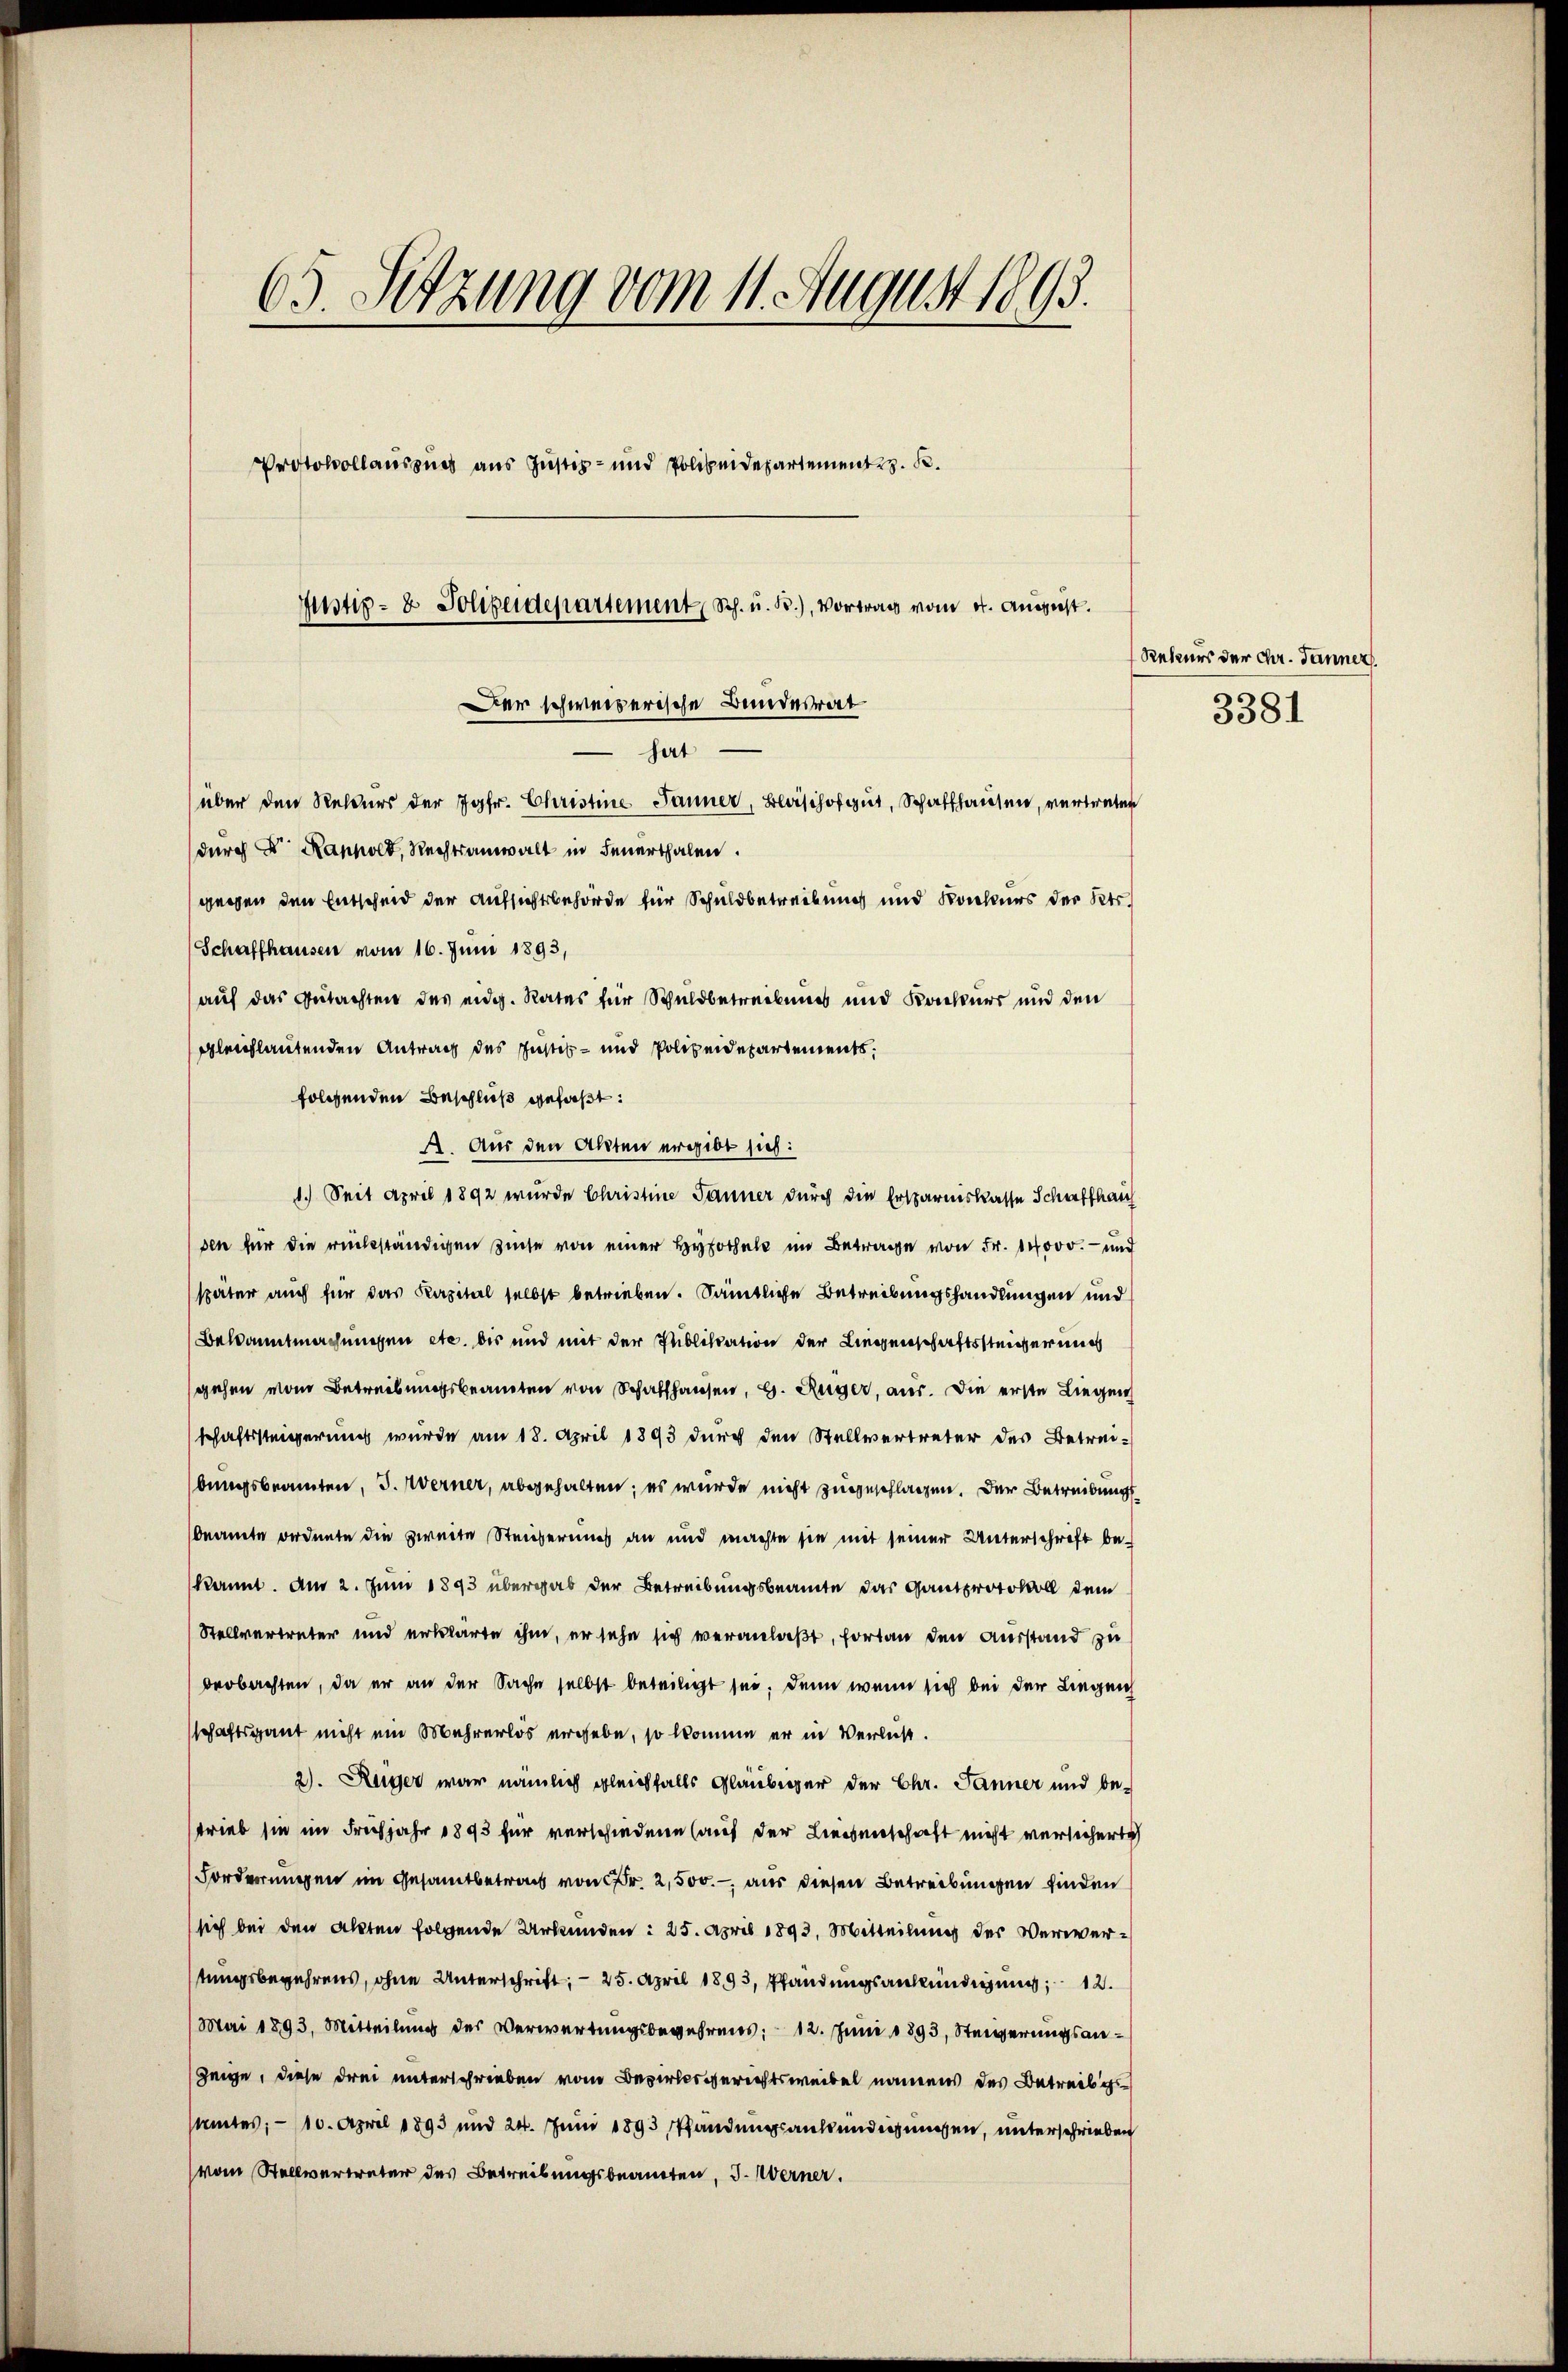
63. Sitzung vom 11. August 1893.
Protokollauszugs aus Justiz- und Polizeidepartement z. B.
Justiz- & Polizeidepartement Sch. u. B.), Vortrag vom 4. August.
Der schweizerische Bundesrat
hat
über den Rekurs der Jgfr. Christine Jauner, Blaschofgut, Schaffhausen, vertreten
durch d. Rappold, Rechtsanwalt in Feuerthalen.

gegen den Entscheid der Aufsichtsbehörde für Schuldbetreibung und Konkurs des Kts.
Schaffhausen vom 16. Juni 1893,
auf das Gutachten des eidg. Rates für Schuldbetreibens und Konkurs und den
gleichlautenden Antrag des Justiz- und Polizeidepartements.
folgenden Beschluß gefaßt:
A. Aus den Akten ergibt sich:
1.) Seit April 1892 wurde Christine Tanner durch die Ersparniskasse Schaffhau
den für die rückständigen Zinse von einer Hypothel im Betrage von Fr. 14000.- und
später auch für das Kapital selbst betrieben. Sämtliche Betreibungshandlungen und
Bekanntmachungen etc. bis und mit der Publikation der Liegenschaftssteigerung
gehen vom Betreibungsbeamten von Schaffhausen, H. Reger, aus. Die erste Liegen
schaftssteigerung wurde am 18. April 1893 durch den Stellvertreter des Betreibungsbeamten, 3. Werner, abgehalten; es wurde nicht zugeschlagen. Der Betreibung
beamte ordnete die zweite Steicherungs an und machte sie mit seiner Unterschrift bekannt. Am 2. Juni 1893 übergab der Betreibungsbeamte das Gantprotokoll dem
Stellvertreter und erklärte ihm, er sehe sich veranlaßt, fortan den Ausstand zu
beobachten, da er an der Sache selbst beteiligt sei, denn wenn sich bei der Liegen
schaftsgant nicht ein Mehrerlös ergebe, so komme er in Verlust.
2). Reger war nämlich gleichfalls Gläubiger der Chr. Jänner und be-
trieb sie im Frühjahr 1893 für verschiedene (auf der Liebenschaft nicht versicherte
Forderungen im Gesamtbetrag von Fr. 2,500.- aus diesen Betreibungen finden
sich bei den Akten folgende Urkunden: 25. April 1893. Mitteilung der Verwertungsbegehrens, ohne Unterschrift; — 25. April 1893, Pfandungsankündigung 12.
Mai 1893, Mitteilung des Verwartungsbegehrens: 12. Juni 1893, Steigerungsan¬
Zeige, diese drei unterschrieben vom Bezirksgerichtsweibel namens des Betreibersamtes; — 10. April 1893 und 24. Juni 1893 Pfändungsankündigungen, unterschrieben
(vom Stellvertreter des Betreibungsbeamten, J. Werner

Rekurs der Chr. Tanner
3381